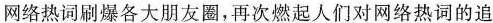
网络热词刷爆各大朋友圈，再次燃起人们对网络热词的追